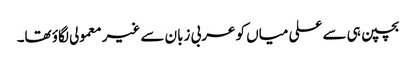
بچپن ہی سے علی میاں کو عربی زبان سے غیر معمولی لگاؤ تھا۔